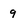
Character: 9